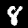
Digit: 8